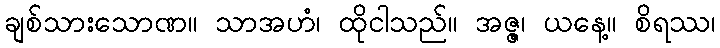
ချစ်သားသောဏ။ သာအဟံ၊ ထိုငါသည်။ အဇ္ဇ၊ ယနေ့။ စိရဿ၊